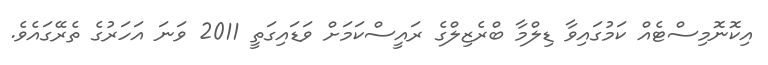
އިކޮނޮމިސްޓެއް ކަމުގައިވާ ޑިލްމާ ބްރެޒިލްގެ ރައީސްކަމަށް ވަޑައިގަތީ 2011 ވަނަ އަހަރުގެ ތެރޭގައެވެ.